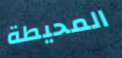
المحيطة